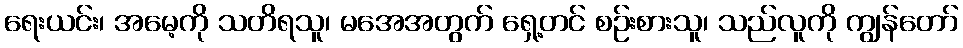
ရေးယင်း၊ အမေ့ကို သတိရသူ၊ မအေအတွက် ရှေ့တင် စဉ်းစားသူ၊ သည်လူကို ကျွန်တော်